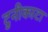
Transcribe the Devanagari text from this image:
टुनीकाटा